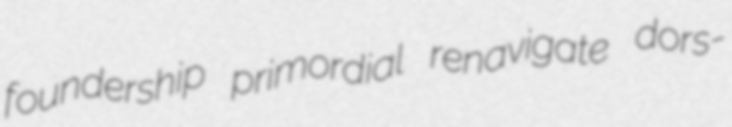
foundership primordial renavigate dors-